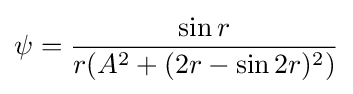
\psi ={\frac {\sin r}{r(A^{2}+(2r-\sin 2r)^{2})}}